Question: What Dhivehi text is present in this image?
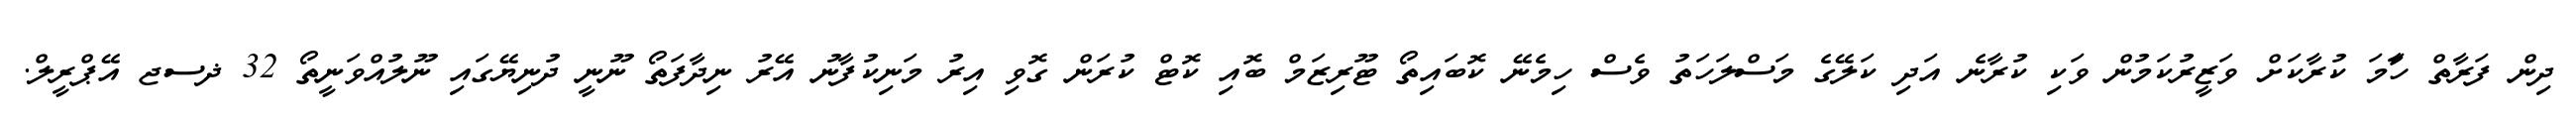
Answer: ދިން ފަރާތް ހަާމަ ކުރާކަށް ވަޒީރުކަމުން ވަކި ކުރާނެ އަދި ކަލޭގެ މަސްލަހަތު ވެސް ހިމެނޭ ކޮބައިތޯ ޓޫރިޒަމް ބޮއި ކޮޓް ކުރަން ގޮވި އިރު މަނިކުފާނު އޭރު ނިދާފަތޯ ނޫނީ ދުނިޔޭގައި ނޫލުއްވަނީތޯ 32 ޛސޖ އޭޕްރީލް.